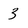
Character: 3